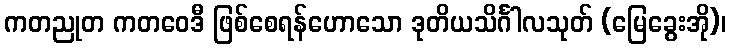
ကတညုတ ကတဝေဒီ ဖြစ်စေရန်ဟောသော ဒုတိယသိင်္ဂါလသုတ် (မြေခွေးအို)၊